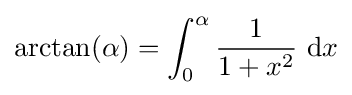
\arctan(\alpha )=\int _{0}^{\alpha }{\frac {1}{1+x^{2}}}\ \mathrm {d} x